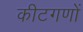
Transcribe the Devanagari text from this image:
कीटगणों